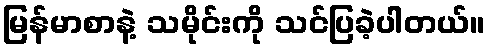
မြန်မာစာနဲ့ သမိုင်းကို သင်ပြခဲ့ပါတယ်။